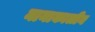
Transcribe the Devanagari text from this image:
नानाकालीन